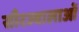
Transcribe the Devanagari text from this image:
सौरज्वालाओं